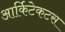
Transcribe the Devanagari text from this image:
आर्किटेकटस